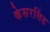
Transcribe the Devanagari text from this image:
केसरसिंह